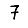
Digit: 7